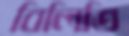
বিলিতি